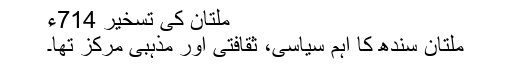
ملتان کی تسخیر 714ء
ملتان سندھ کا اہم سیاسی، ثقافتی اور مذہبی مرکز تھا۔